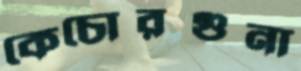
কেচোরগুনা